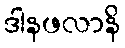
ဒါနဖလာနိ